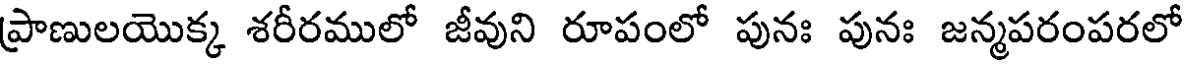
ప్రాణులయొక్క శరీరములో జీవుని రూపంలో పునః పునః జన్మపరంపరలో